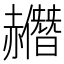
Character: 𧹿